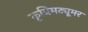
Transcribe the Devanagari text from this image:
कृत्रिमट्यूमर